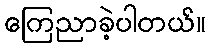
ကြေညာခဲ့ပါတယ်။